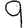
Digit: 9